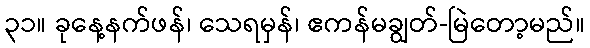
၃၁။ ခုနေ့နက်ဖန်၊ သေရမှန်၊ ဧကန်မချွတ်-မြဲတော့မည်။